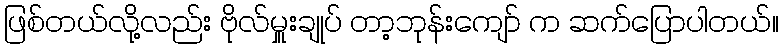
ဖြစ်တယ်လို့လည်း ဗိုလ်မှူးချုပ် တာ့ဘုန်းကျော် က ဆက်ပြောပါတယ်။